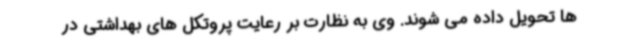
ها تحویل داده می شوند. وی به نظارت بر رعایت پروتکل های بهداشتی در